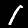
Label: 1